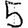
Digit: 5